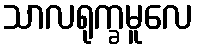
သာလရုက္ခမူလေ